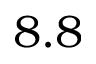
8 . 8